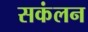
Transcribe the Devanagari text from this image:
सकंलन